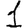
Digit: 1